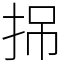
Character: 𢬢